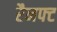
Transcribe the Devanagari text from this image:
रैनफ्‍ट